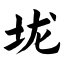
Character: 垅